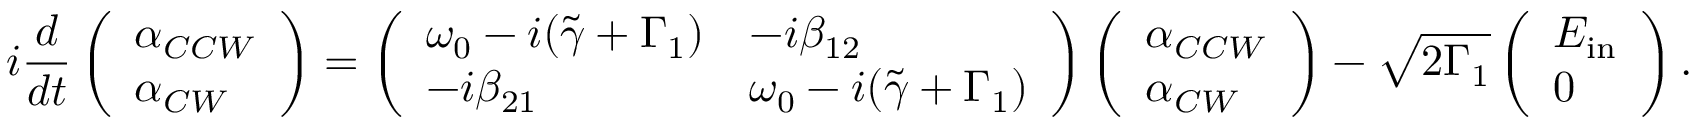
i \frac { d } { d t } \left( \begin{array} { l } { \alpha _ { C C W } } \\ { \alpha _ { C W } } \end{array} \right) = \left( \begin{array} { l l } { \omega _ { 0 } - i ( \tilde { \gamma } + \Gamma _ { 1 } ) } & { - i \beta _ { 1 2 } } \\ { - i \beta _ { 2 1 } } & { \omega _ { 0 } - i ( \tilde { \gamma } + \Gamma _ { 1 } ) } \end{array} \right) \left( \begin{array} { l } { \alpha _ { C C W } } \\ { \alpha _ { C W } } \end{array} \right) - \sqrt { 2 \Gamma _ { 1 } } \left( \begin{array} { l } { E _ { \mathrm { i n } } } \\ { 0 } \end{array} \right) .